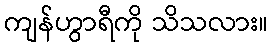
ကျန်ဟွာရီကို သိသလား။